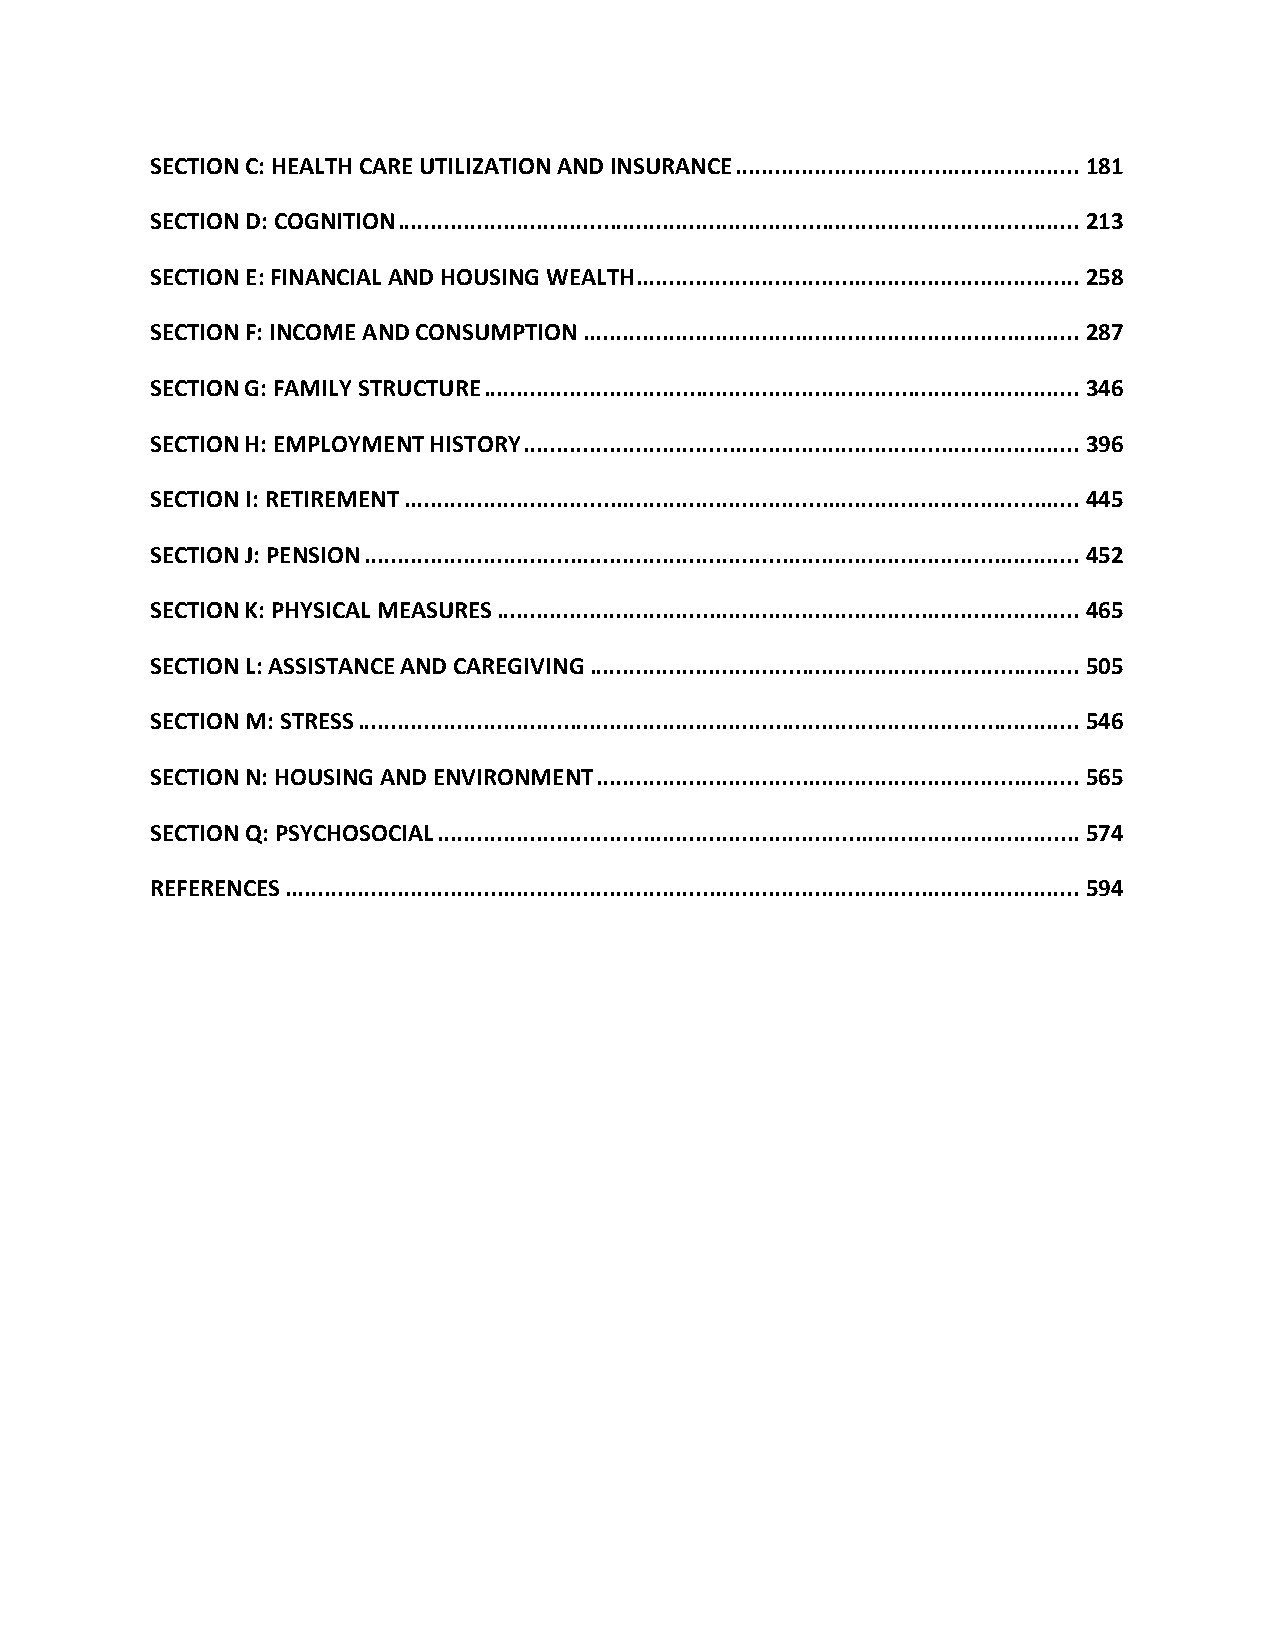
SECTION C: HEALTH CARE UTILIZATION AND INSURANCE .................................................... 181
 SECTION D: COGNITION ....................................................................................................... 213
 SECTION E: FINANCIAL AND HOUSING WEALTH ................................................................... 258
 SECTION F: INCOME AND CONSUMPTION ........................................................................... 287
 SECTION G: FAMILY STRUCTURE .......................................................................................... 346
 SECTION H: EMPLOYMENT HISTORY .................................................................................... 396
 SECTION I: RETIREMENT ...................................................................................................... 445
 SECTION J: PENSION ............................................................................................................ 452
 SECTION K: PHYSICAL MEASURES ........................................................................................ 465
 SECTION L: ASSISTANCE AND CAREGIVING .......................................................................... 505
 SECTION M: STRESS ............................................................................................................. 546
 SECTION N: HOUSING AND ENVIRONMENT ......................................................................... 565
 SECTION Q: PSYCHOSOCIAL ................................................................................................. 574
 REFERENCES ........................................................................................................................ 594